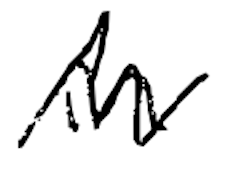
Text: in
Cross-out: zig-zag
Writing tool: digital_black